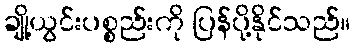
ချို့ယွင်းပစ္စည်းကို ပြန်ပို့နိုင်သည်။